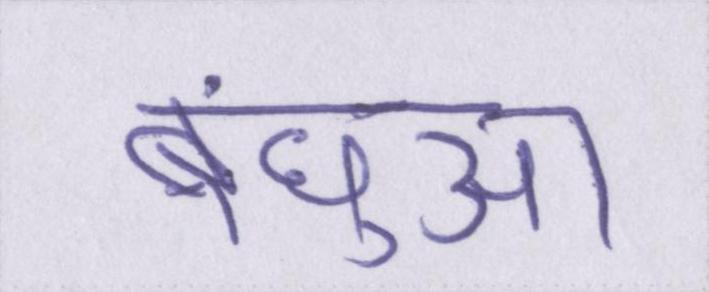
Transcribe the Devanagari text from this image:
बंधुआ